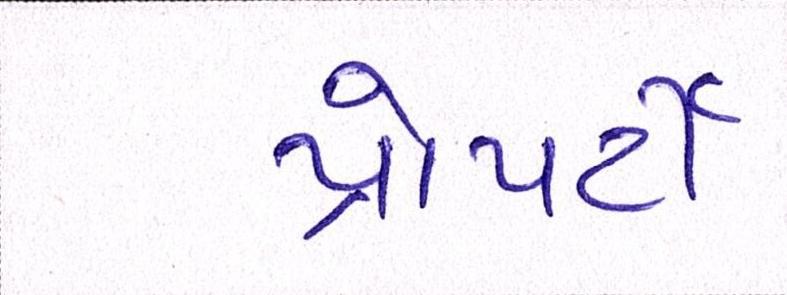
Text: પ્રોપર્ટી